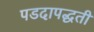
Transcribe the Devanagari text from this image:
पडदापद्धती